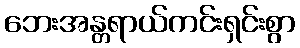
ဘေးအန္တရာယ်ကင်းရှင်းစွာ